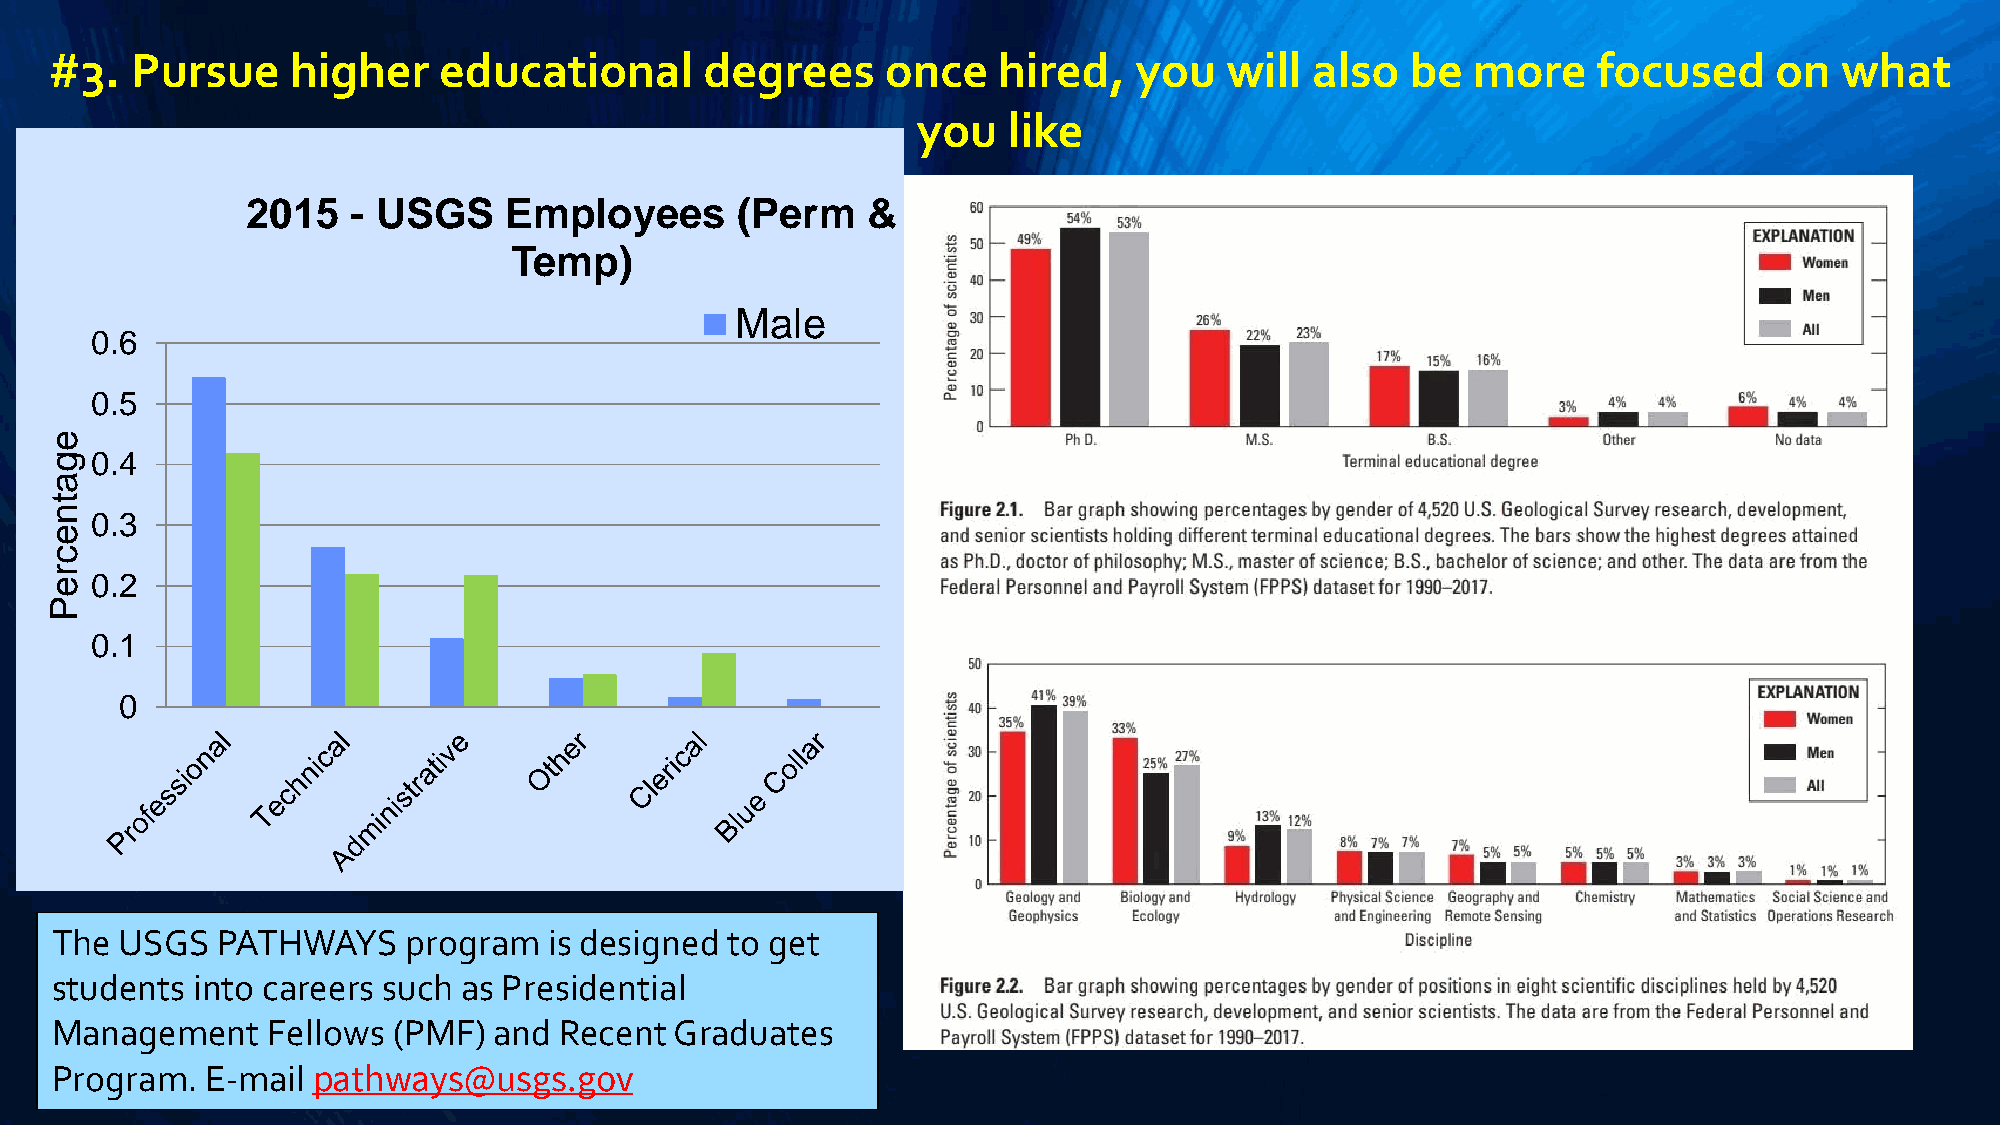
#3.   Pursue    higher    educational       degrees     once   hired,   you   will  also  be   more    focused     on  what
 you   like
 2015   - USGS    Employees       (Perm   &
 Temp)
 Male
 0.6
 0.5
 e
 g  0.4
 a
 t
 n
 0.3
 e
 c
 r
 e  0.2
 P
 0.1
 0
 The  USGS  PATHWAYS     program  is designed to get
 students  into careers such as Presidential
 Management     Fellows (PMF)  and Recent  Graduates
 Program.   E-mail pathways@usgs.gov